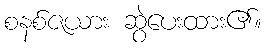
စနစ်ဇယား ဆွဲပေးထား၏။